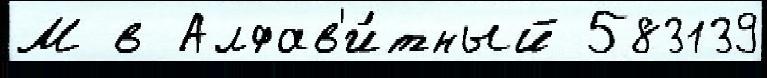
М в Алфав'и́тный 583139